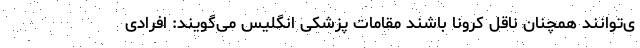
ی‌توانند همچنان ناقل کرونا باشند مقامات پزشکی انگلیس می‌گویند: افرادی